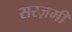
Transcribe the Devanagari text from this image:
सरज़मीं